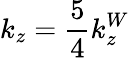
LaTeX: k_{z}=\frac{5}{4}k_{z}^{W}